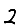
Digit: 2